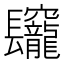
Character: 𨳅